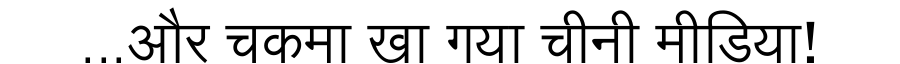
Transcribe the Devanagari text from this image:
...और चकमा खा गया चीनी मीडिया!